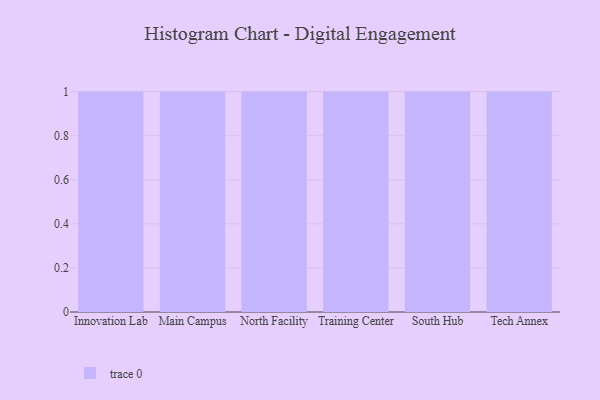
{"axis": {"x": "Campus", "y": "Latency (ms)"}, "legend": [""], "data": [{"x": "Innovation Lab", "y": 74, "type": ""}, {"x": "Main Campus", "y": 74, "type": ""}, {"x": "North Facility", "y": 31, "type": ""}, {"x": "Training Center", "y": 55, "type": ""}, {"x": "South Hub", "y": 5, "type": ""}, {"x": "Tech Annex", "y": 20, "type": ""}]}